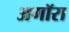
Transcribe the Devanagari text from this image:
अगॉरा